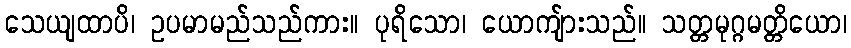
သေယျထာပိ၊ ဥပမာမည်သည်ကား။ ပုရိသော၊ ယောကျ်ားသည်။ သတ္တမုဂ္ဂမတ္တိယော၊